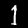
Digit: 1